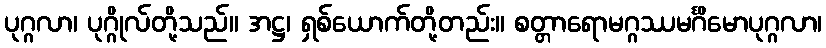
ပုဂ္ဂလာ၊ ပုဂ္ဂိုလ်တို့သည်။ အဋ္ဌ၊ ရှစ်ယောက်တို့တည်း။ စတ္တာရောမဂ္ဂဿမင်္ဂိမောပုဂ္ဂလာ၊